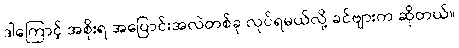
ဒါကြောင့် အစိုးရ အပြောင်းအလဲတစ်ခု လုပ်ရမယ်လို့ ခင်ဗျားက ဆိုတယ်။